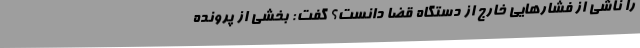
را ناشی از فشارهایی خارج از دستگاه قضا دانست؟ گفت: بخشی از پرونده